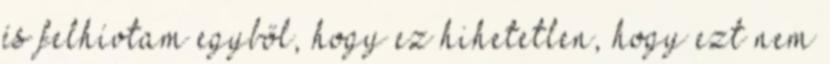
és felhívtam egyből, hogy ez hihetetlen, hogy ezt nem